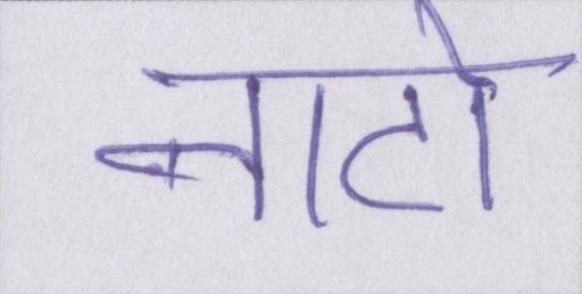
नाटो